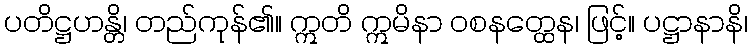
ပတိဋ္ဌဟန္တိ၊ တည်ကုန်၏။ ဣတိ ဣမိနာ ဝစနတ္ထေန၊ ဖြင့်။ ပဋ္ဌာနာနိ၊